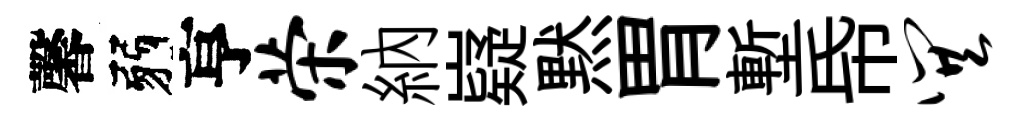
馨弱亨荣納嶷黙胃塹帋巽